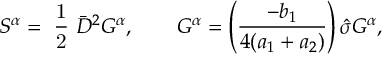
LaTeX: S ^ { \alpha } = { \mathrm { \small { ~ \frac 1 2 ~ } } } \bar { \cal D } ^ { 2 } { \cal G } ^ { \alpha } , \quad \quad { \cal G } ^ { \alpha } = \left( \frac { - b _ { 1 } } { 4 ( a _ { 1 } + a _ { 2 } ) } \right) \hat { \sigma } G ^ { \alpha } ,